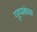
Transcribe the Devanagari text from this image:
गृह्प्रबंधक